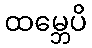
ထမ္ဘေပိ